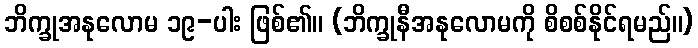
ဘိက္ခုအနုလောမ ၁၉-ပါး ဖြစ်၏။ (ဘိက္ခုနီအနုလောမကို စိစစ်နိုင်ရမည်။)